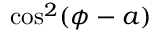
\cos ^ { 2 } ( \phi - a )